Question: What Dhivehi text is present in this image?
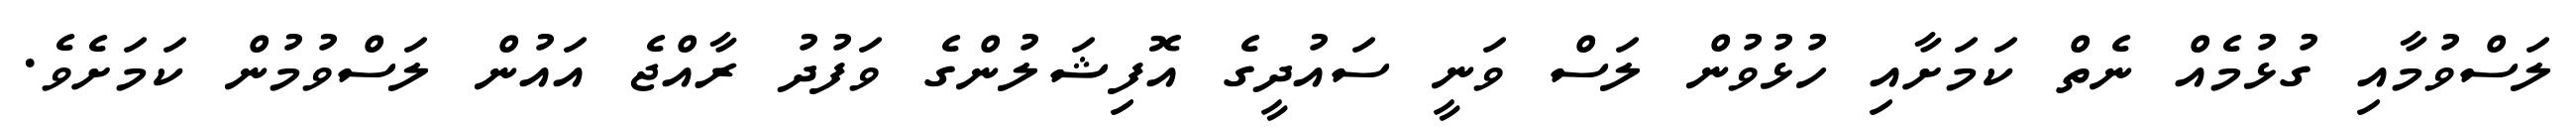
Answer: ލަސްވުމާއި ގުޅުމެއް ނެތް ކަމަށާއި ހުޅުވުން ލަސް ވަނީ ސައުދީގެ އޮފިޝަލުންގެ ވަފުދު ރާއްޖެ އައުން ލަސްވުމުން ކަމަށެވެ.